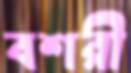
বশরী